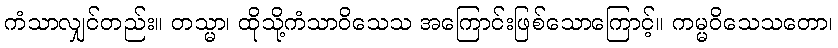
ကံသာလျှင်တည်း။ တသ္မာ၊ ထိုသို့ကံသာဝိသေသ အကြောင်းဖြစ်သောကြောင့်။ ကမ္မဝိသေသတော၊